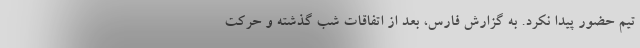
تیم حضور پیدا نکرد. به گزارش فارس، بعد از اتفاقات شب گذشته و حرکت